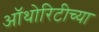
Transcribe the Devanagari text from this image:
ऑथोरिटीच्या